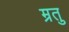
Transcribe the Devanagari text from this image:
म्रतु